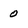
Character: 0